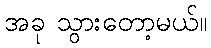
အခု သွားတော့မယ်။